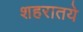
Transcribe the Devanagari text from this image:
शहरातये